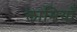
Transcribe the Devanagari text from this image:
लामियाँ